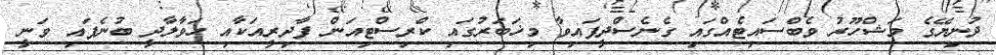
ދުނިޔޭގެ މަޝްހޫރު ވެބްސައިޓެއްގައި ގެނެސްދީފައިވާ މިޚަބަރުގައި ކްރިސްޓިއަން ފާދިރީއަކާއި ހަވާލާދީ ބުނެފައި ވަނީ